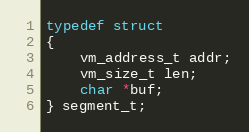
Language: C
typedef struct
{
    vm_address_t addr;
    vm_size_t len;
    char *buf;
} segment_t;